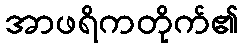
အာဖရိကတိုက်၏